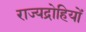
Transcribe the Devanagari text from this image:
राज्यद्रोहियों